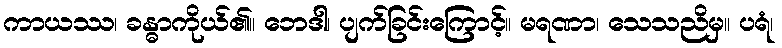
ကာယဿ၊ ခန္ဓာကိုယ်၏။ ဘေဒါ၊ ပျက်ခြင်းကြောင့်။ မရဏာ၊ သေသညိမှ။ ပရံ၊